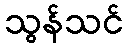
သွန်သင်